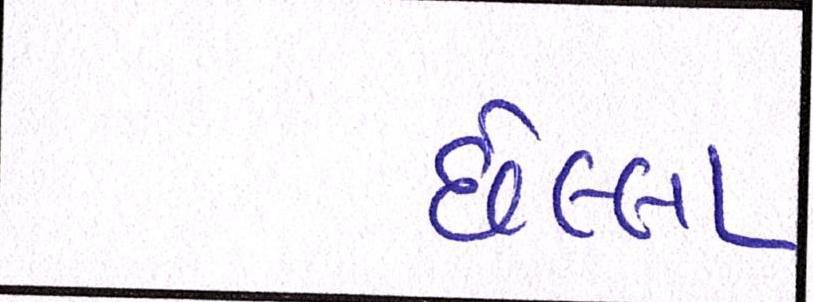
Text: છેલ્લા